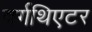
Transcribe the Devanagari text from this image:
बर्गथिएटर